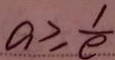
a \geq \frac { 1 } { e }